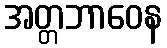
အတ္တဘာဝေန